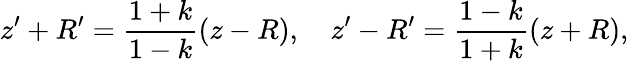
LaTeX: z^{\prime}+R^{\prime}={\frac{1+k}{1-k}}(z-R),\quad z^{\prime}-R^{\prime}={\frac{1-k}{1+k}}(z+R),